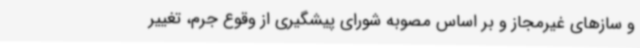
و سازهای غیرمجاز و بر اساس مصوبه شورای پیشگیری از وقوع جرم، تغییر